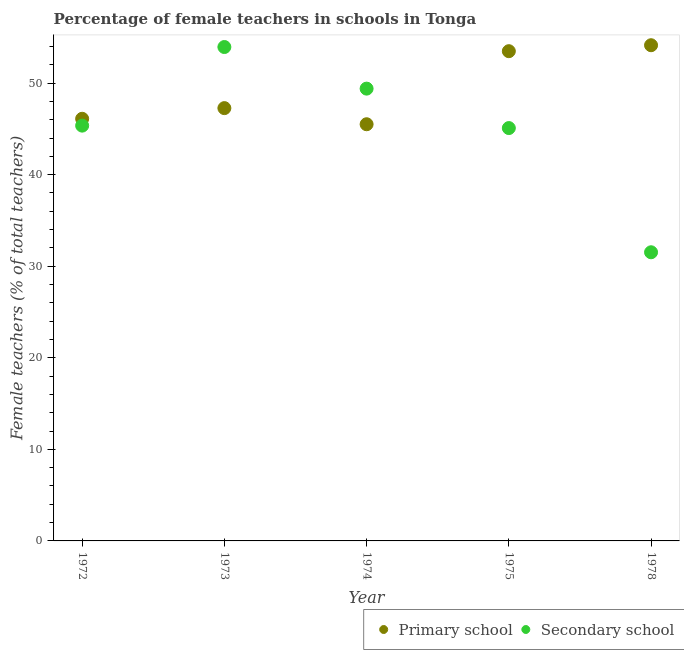
| Year | Primary school | Secondary school |
 | --- | --- | --- |
 | 1972 | 46.1 | 45.4 |
 | 1973 | 47.3 | 53.9 |
 | 1974 | 45.5 | 49.4 |
 | 1975 | 53.5 | 45.1 |
 | 1978 | 54.1 | 31.5 |